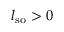
l _ { \mathrm { s o } } > 0